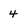
Character: 4